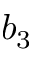
b _ { 3 }